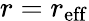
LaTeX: r=r_{\mathrm{eff}}